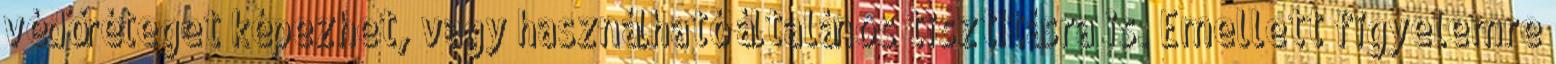
védőréteget képezhet, vagy használható általános tisztításra is. Emellett figyelemre